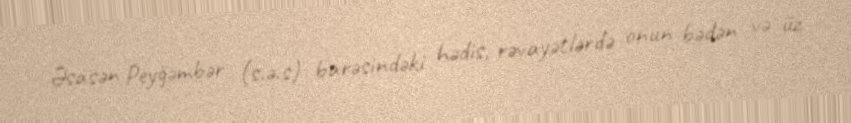
Əsasən Peyğəmbər (s.ə.s) barəsindəki hədis, rəvayətlərdə onun bədən və üz